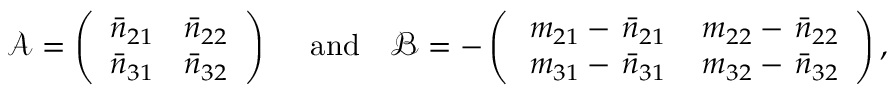
\mathcal { A } = \left( \begin{array} { c c } { \bar { n } _ { 2 1 } } & { \bar { n } _ { 2 2 } } \\ { \bar { n } _ { 3 1 } } & { \bar { n } _ { 3 2 } } \end{array} \right) ~ ~ ~ ~ \mathrm { a n d } ~ ~ ~ \mathcal { B } = - \left( \begin{array} { c c } { \, m _ { 2 1 } - \, \bar { n } _ { 2 1 } } & { \, m _ { 2 2 } - \, \bar { n } _ { 2 2 } } \\ { \, m _ { 3 1 } - \, \bar { n } _ { 3 1 } } & { \, m _ { 3 2 } - \, \bar { n } _ { 3 2 } } \end{array} \right) ,